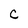
Character: C